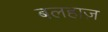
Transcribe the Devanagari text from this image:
बलहाज़